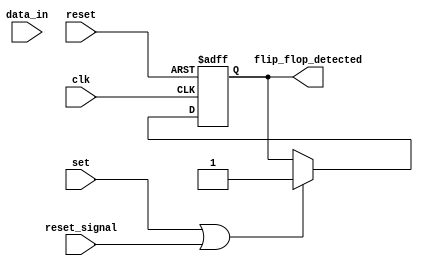
module MemoryBlock (
    input wire clk,
    input wire reset,
    input wire [7:0] data_in,
    input wire set,
    input wire reset_signal,
    output reg flip_flop_detected
);
    reg [7:0] memory;

    always @(posedge clk or posedge reset) begin
        if (reset) begin
            memory <= 8'b0;
            flip_flop_detected <= 1'b0;
        end else begin
            // Simple detection logic for flip-flop characteristics
            if (set || reset_signal) begin
                flip_flop_detected <= 1'b1; // Detected flip-flop behavior
            end

            // Sample the data input
            memory <= data_in;
        end
    end
endmodule